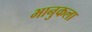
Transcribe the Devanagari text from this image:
भानुकला